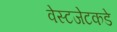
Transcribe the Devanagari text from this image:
वेस्टजेटकडे